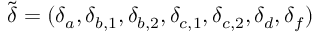
\tilde { \boldsymbol { \delta } } = ( \delta _ { a } , \delta _ { b , 1 } , \delta _ { b , 2 } , \delta _ { c , 1 } , \delta _ { c , 2 } , \delta _ { d } , \delta _ { f } )